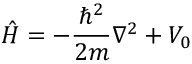
{ \hat { H } } = - { \frac { \hbar ^ { 2 } } { 2 m } } \nabla ^ { 2 } + V _ { 0 }